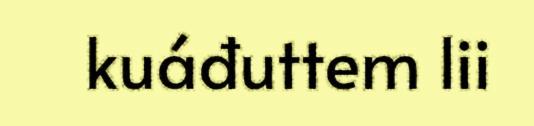
kuáđuttem lii